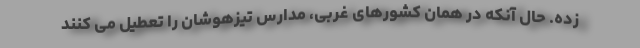
زده. حال آنکه در همان کشورهای غربی، مدارس تیزهوشان را تعطیل می کنند